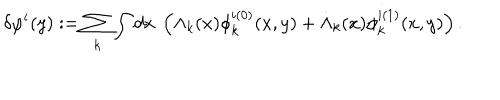
\delta \varphi ^ { i } ( y ) : = \sum _ { k } \int d x \ \left( \Lambda _ { k } ( x ) \phi _ { k } ^ { i ( 0 ) } ( x , y ) + \dot { \Lambda } _ { k } ( x ) \phi _ { k } ^ { i ( 1 ) } ( x , y ) \right) .